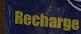
recharge